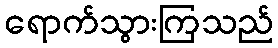
ရောက်သွားကြသည်